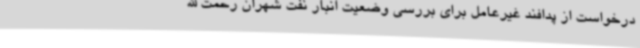
درخواست از پدافند غیرعامل برای بررسی وضعیت انبار نفت شهران رحمت الله